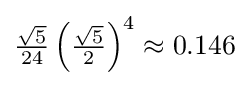
{\tfrac {\sqrt {5}}{24}}\left({\tfrac {\sqrt {5}}{2}}\right)^{4}\approx 0.146